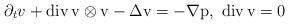
LaTeX: \begin{align*}\partial_{t}v+\rm{div}\,v\otimes v-\Delta v=-\nabla p,\,\,\rm{div}\,v=0\end{align*}